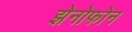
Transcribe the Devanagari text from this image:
झेनोफोन